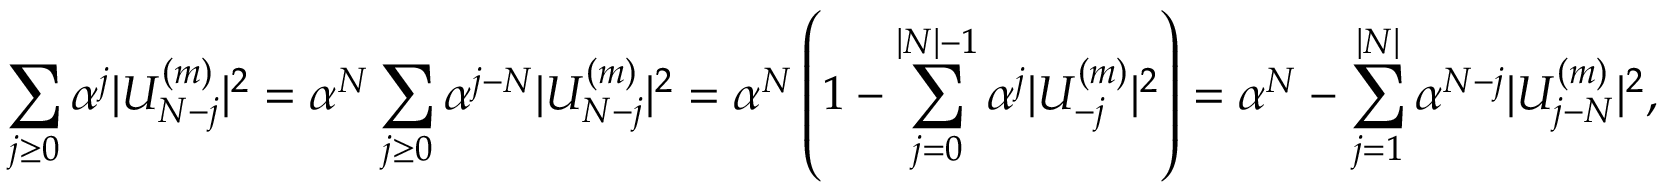
\sum _ { j \ge 0 } { \alpha ^ { j } | U _ { N - j } ^ { ( m ) } | ^ { 2 } } = \alpha ^ { N } \sum _ { j \ge 0 } { \alpha ^ { j - N } | U _ { N - j } ^ { ( m ) } | ^ { 2 } } = \alpha ^ { N } \left( 1 - \sum _ { j = 0 } ^ { | N | - 1 } { \alpha ^ { j } | U _ { - j } ^ { ( m ) } | ^ { 2 } } \right) = \alpha ^ { N } - \sum _ { j = 1 } ^ { | N | } { \alpha ^ { N - j } | U _ { j - N } ^ { ( m ) } | ^ { 2 } } ,